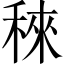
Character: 䅘